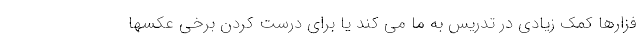
فزارها کمک زیادی در تدریس به ما می کند یا برای درست کردن برخی عکسها